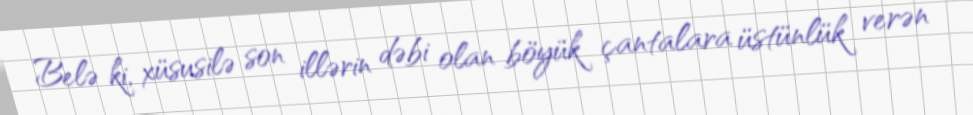
Belə ki, xüsusilə son illərin dəbi olan böyük çantalara üstünlük verən